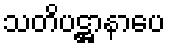
သတိပဋ္ဌာနာပေ